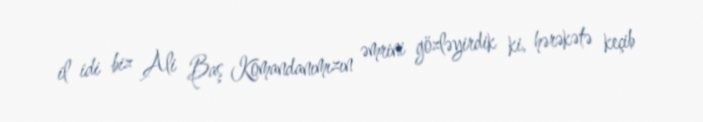
il idi biz Ali Baş Komandanımızın əmrini gözləyirdik ki, hərəkətə keçib